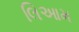
લિઆમ